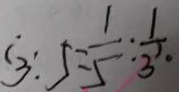
3 : 5 = \frac { 1 } { 5 } : \frac { 1 } { 3 }